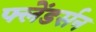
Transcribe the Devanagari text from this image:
फ्लेंडर्सन